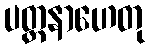
ပတ္ထနာဟေတု